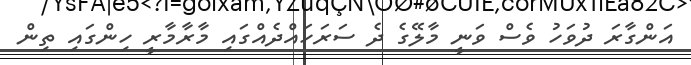
އަންގާރަ ދުވަހު ވެސް ވަނީ މާލޭގެ ދެ ސަރަހައްދެއްގައި މާރާމާރީ ހިންގައި ތިން